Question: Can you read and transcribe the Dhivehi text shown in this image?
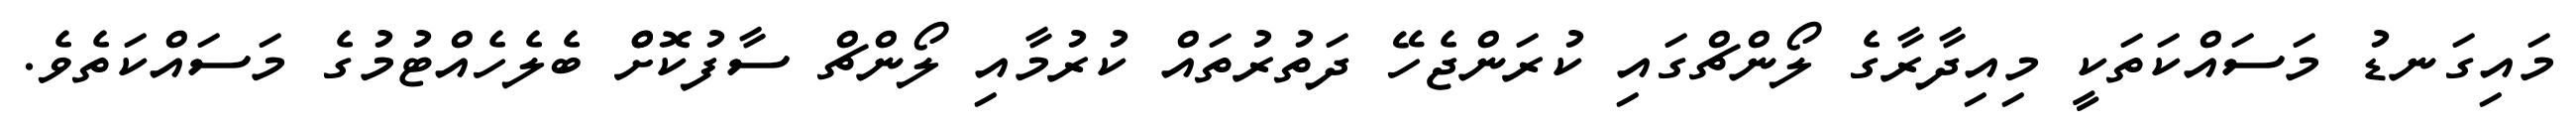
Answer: މައިގަނޑު މަސައްކަތަކީ މިއިދާރާގެ ލޯންޗްގައި ކުރަންޖެހޭ ދަތުރުތައް ކުރުމާއި ލޯންޗް ސާފުކޮށްް ބެލެހެއްޓުމުގެ މަސައްކަތެވެ.